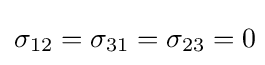
\sigma _{12}=\sigma _{31}=\sigma _{23}=0\!